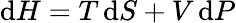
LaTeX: \mathrm{d}H=T\, \mathrm{d}S+V\, \mathrm{d}P